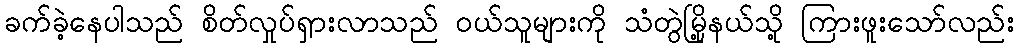
ခက်ခဲ့နေပါသည် စိတ်လှုပ်ရှားလာသည် ဝယ်သူများကို သံတွဲမြို့နယ်သို့ ကြားဖူးသော်လည်း